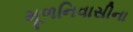
મૂળનિવાસીના